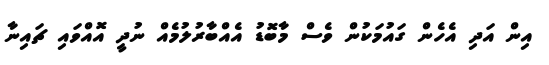
އިން އަދި އެހެން ގައުމަކުން ވެސް މާބޮޑު އެއްބާރުލުމެއް ނުދީ އޮއްވައި ޗައިނާ